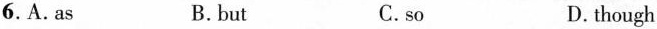
6.A.As B.but C.so D. though